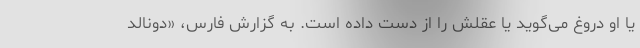
یا او دروغ می‌گوید یا عقلش را از دست داده است. به گزارش فارس، «دونالد